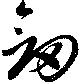
劔